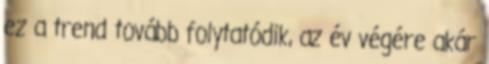
ez a trend tovább folytatódik, az év végére akár